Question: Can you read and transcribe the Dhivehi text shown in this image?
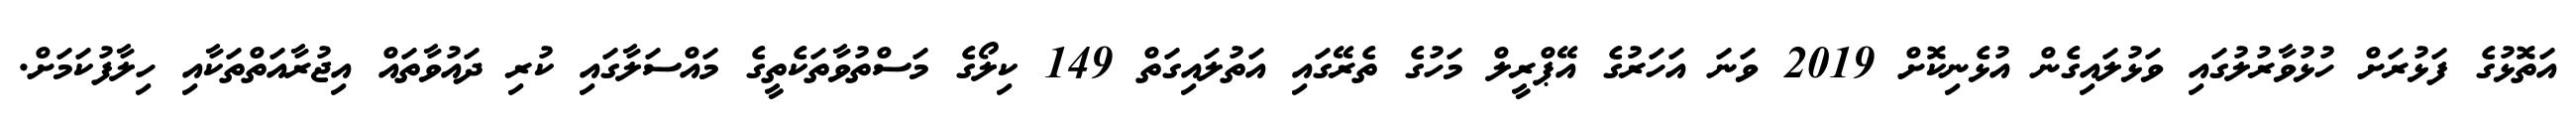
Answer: އަތޮޅުގެ ފަޅުރަށް ހުޅުވާރުލުގައި ވަޅުލައިގެން އުޅެނިކޮށް 2019 ވަނަ އަހަރުގެ އޭޕްރީލް މަހުގެ ތެރޭގައި އަތުލައިގަތް 149 ކިލޯގެ މަސްތުވާތަކެތީގެ މައްސަލާގައި ކުރި ދައުވާތައް އިޖުރާއަތްތަކާއި ހިލާފުކަމަށް.